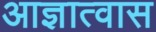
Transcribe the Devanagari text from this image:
आज्ञात्वास